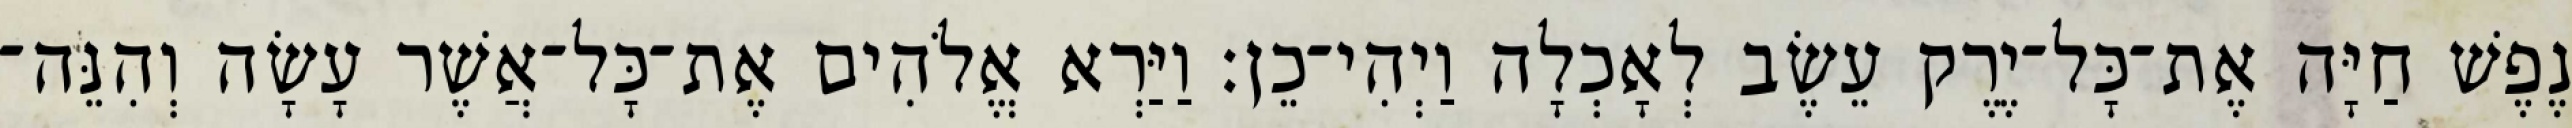
נֶפֶשׁ חַיָּה אֶת־כָּל־יֶרֶק עֵשֶׂב לְאָכְלָה וַיְהִי־כֵן׃ וַיַּרְא אֱלֹהִים אֶת־כָּל־אֲשֶׁר עָשָׂה וְהִנֵּה־